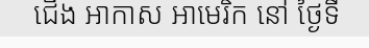
ជើង អាកាស អាមេរិក នៅ ថ្ងៃទី